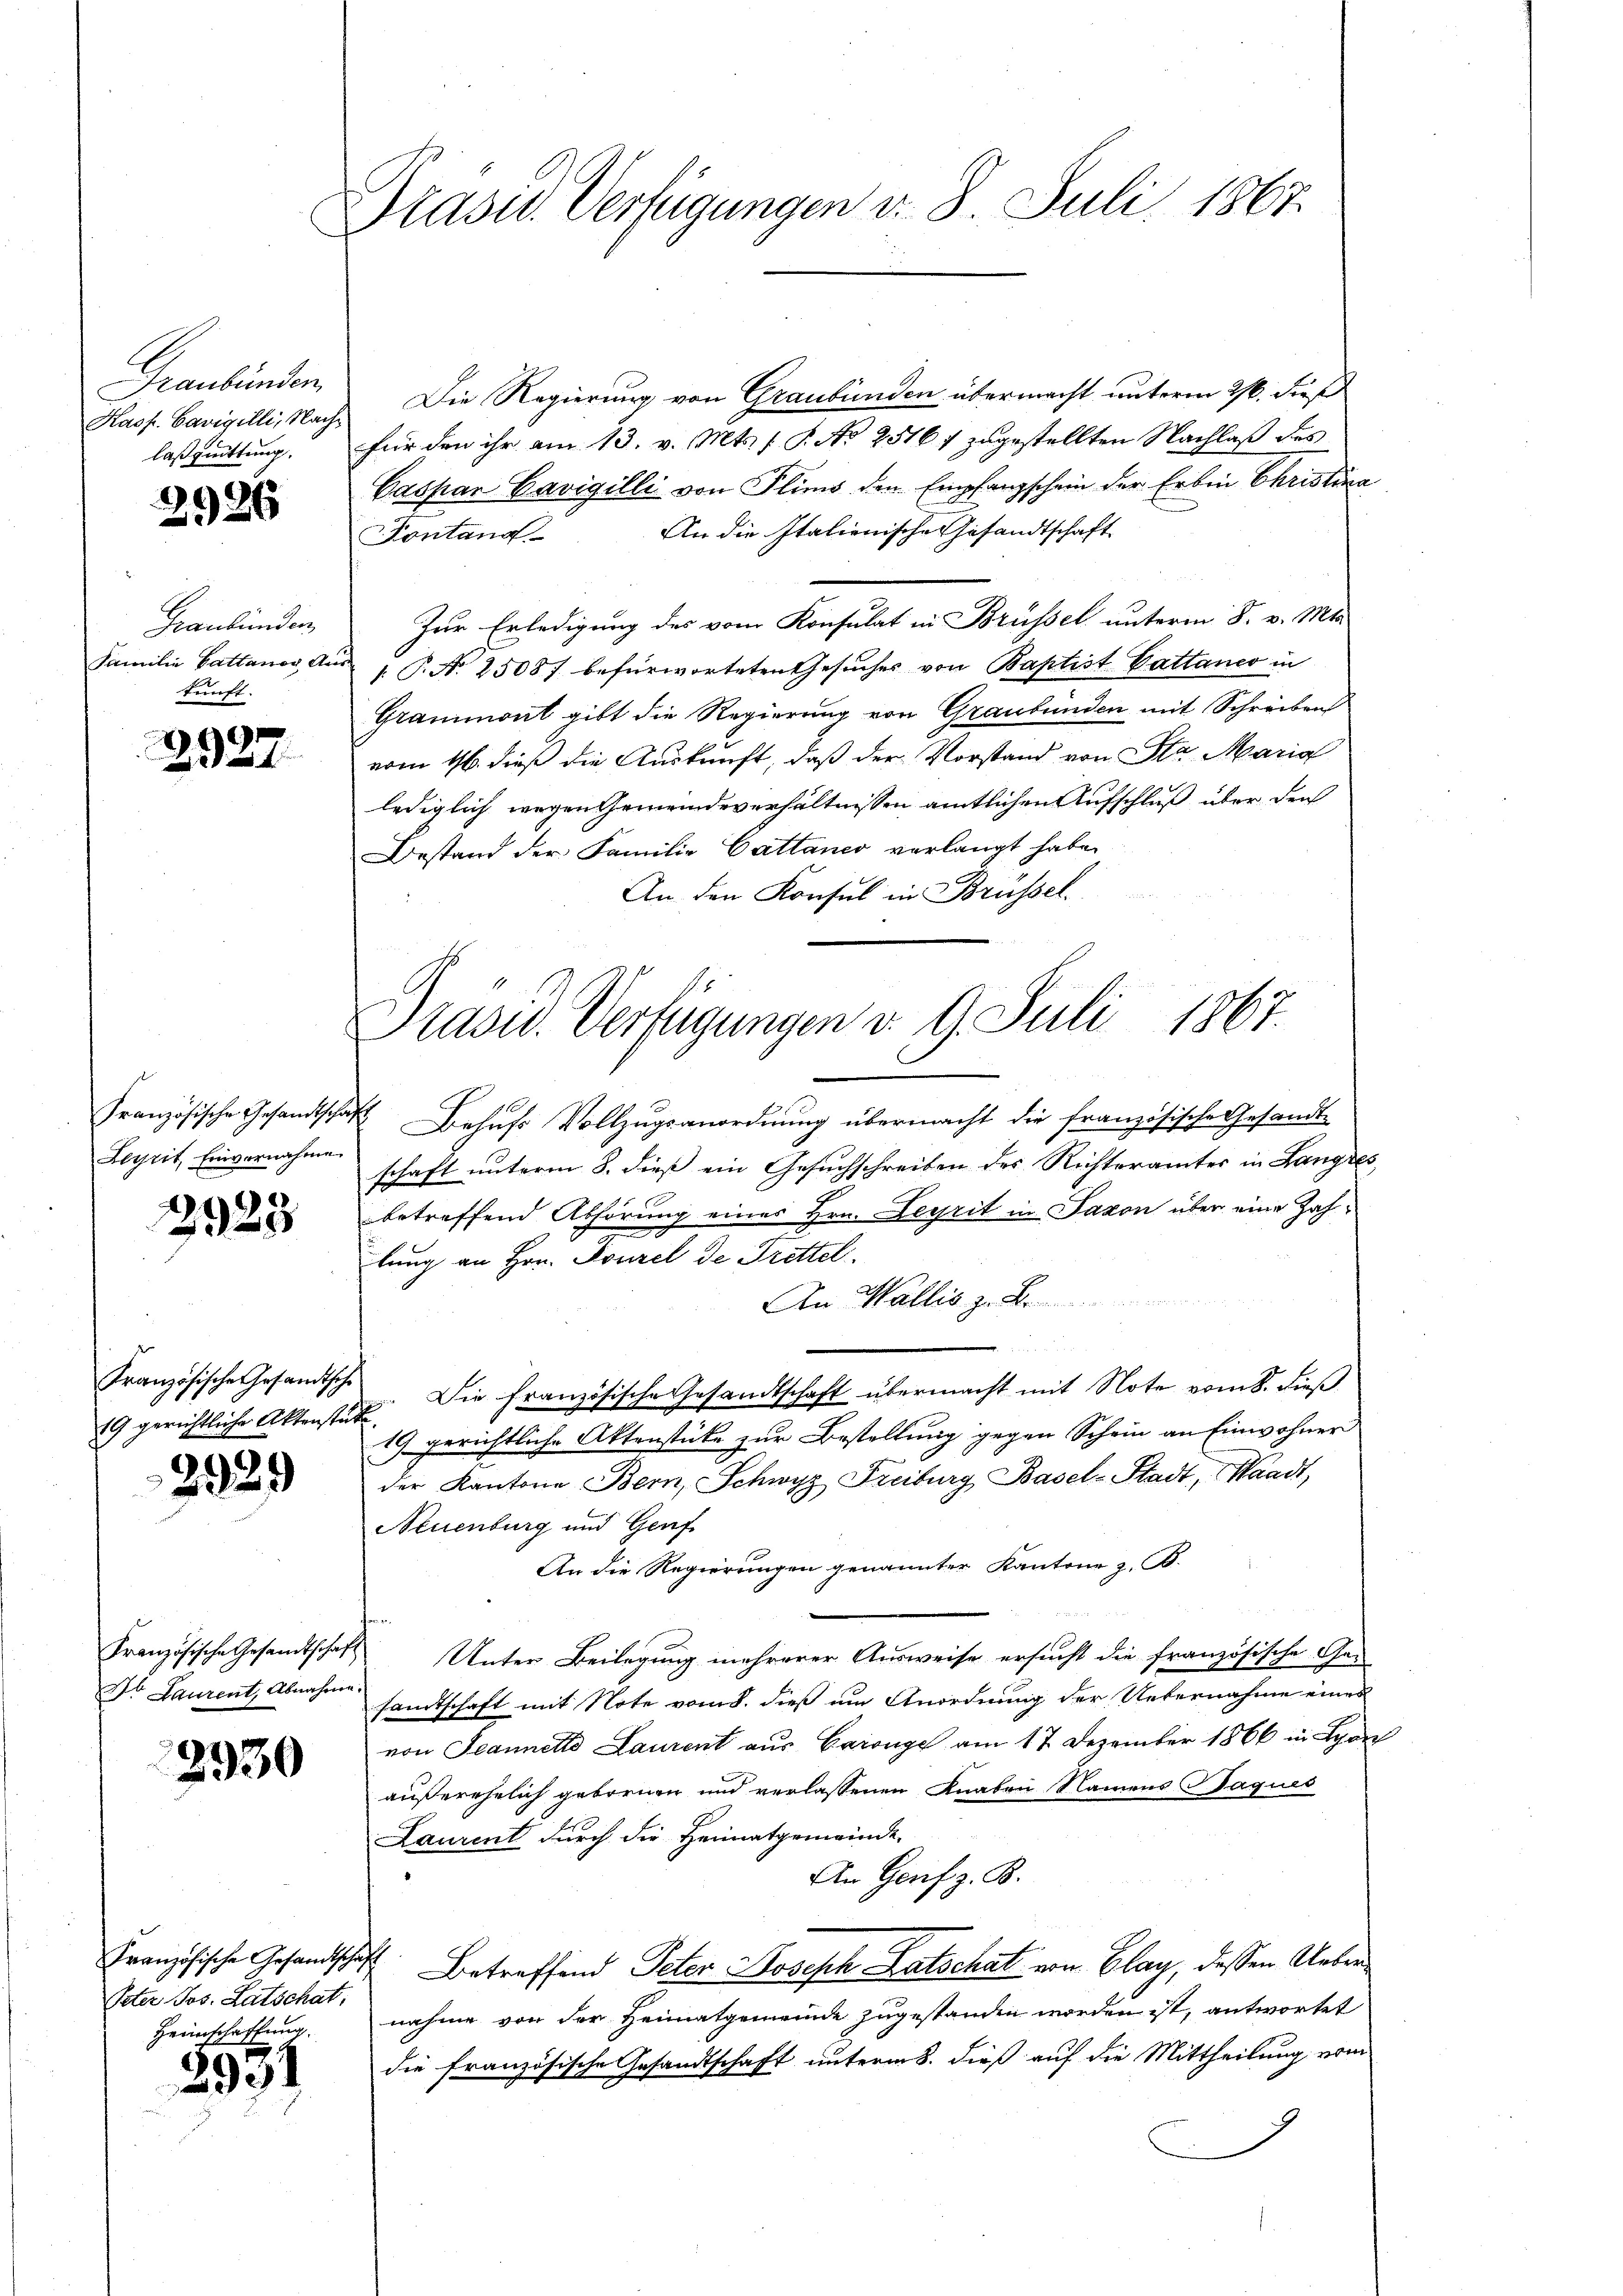
Graubünden.
Kasp. Savigilli, Nach
laßquittung.

2926

Graubünden
Familie Pattanos An
kunft.

2927.

Leyrit, Einvernahme.

2925

19 gerichtliche Aktenstütz

2929

Dr. Laurent, Abnahme.

2930

Peter Jos. Latschat,
Heimschaffung.

3931

Präsid. Verfügungen v. 8. Juli 1867.

Drasu. Verfügungen d. 9. Juli 1867.

Die Regierung von Graubünden übermacht unterm 21. dieß
für den ihr am 13. v. Mts. 1 P. No 2516 f zugestellten Nachlaß des
Caspar Cavigilli von Plins den Empfangschein der Erben Christina
An die Italienische Gesandtschaft
Kontand
Zur Erledigung des vom Konsulat in Brüssel unterm 8. v. Mts.
 P. N. 25087 befürworteten Gesuches von Baptist Cattanco in
Grammont gibt die Regierung von Graubünden mit Schreiben
vom 16. dieß die Auskunft, daß der Vorstand von Sta Maria
lediglich wegen Gemeindeverhältnissen amtlichen Aufschluß über den
Bestand der Familie Cattaner verlangt habe.
An den Konsul in Brüssel.
Französische Gesandtschaft Behufs Vollzugsanordnung übermacht die französische Gesandtschaft unterm 8. dieß ein Gesuchschreiben des Richteramtes in Langres
betreffend Abhörung einer Hrn. Legrit in Saxon über eine Zahlung an Hrn. Tourel de Trittel
An Wallis z. B.
Französische Gesandtsche Die Französische Gesandtschaft übermacht mit Note vom 8. dieß
19. gerichtliche Aktenstücke zŭr Bestellŭng gegen Schein an Einwohner
der Kantone Bern, Schwyz Freiburg Basel-Stadt, Waadt,
Neuenburg und Genf
An die Regierungen genannter Kantone z. B.
fe
Französische Gesandtschaft Unter Beilegung mehrerer Ausweise ersucht die französische Ge-
sandtschaft mit Note vom 8. dieß um Anordnung der Uebernahme eines
von Jeannetto Laurent aus Carnge am 17. Dezember 1866 in Lyon
außerehelich gebornen und verlassenen Knaben Namens aques
Laurent durch die Heimatgemeinde
An Genf z. B.
Französische Gesandschaft Betreffend Peter Joseph Ratschat von Elay, dessen Uebernahme von der Heimatgemeinde zugestanden worden ist, antwortet
die französische Gesandtschaft unterm 8. dieß auf die Mittheilung vom